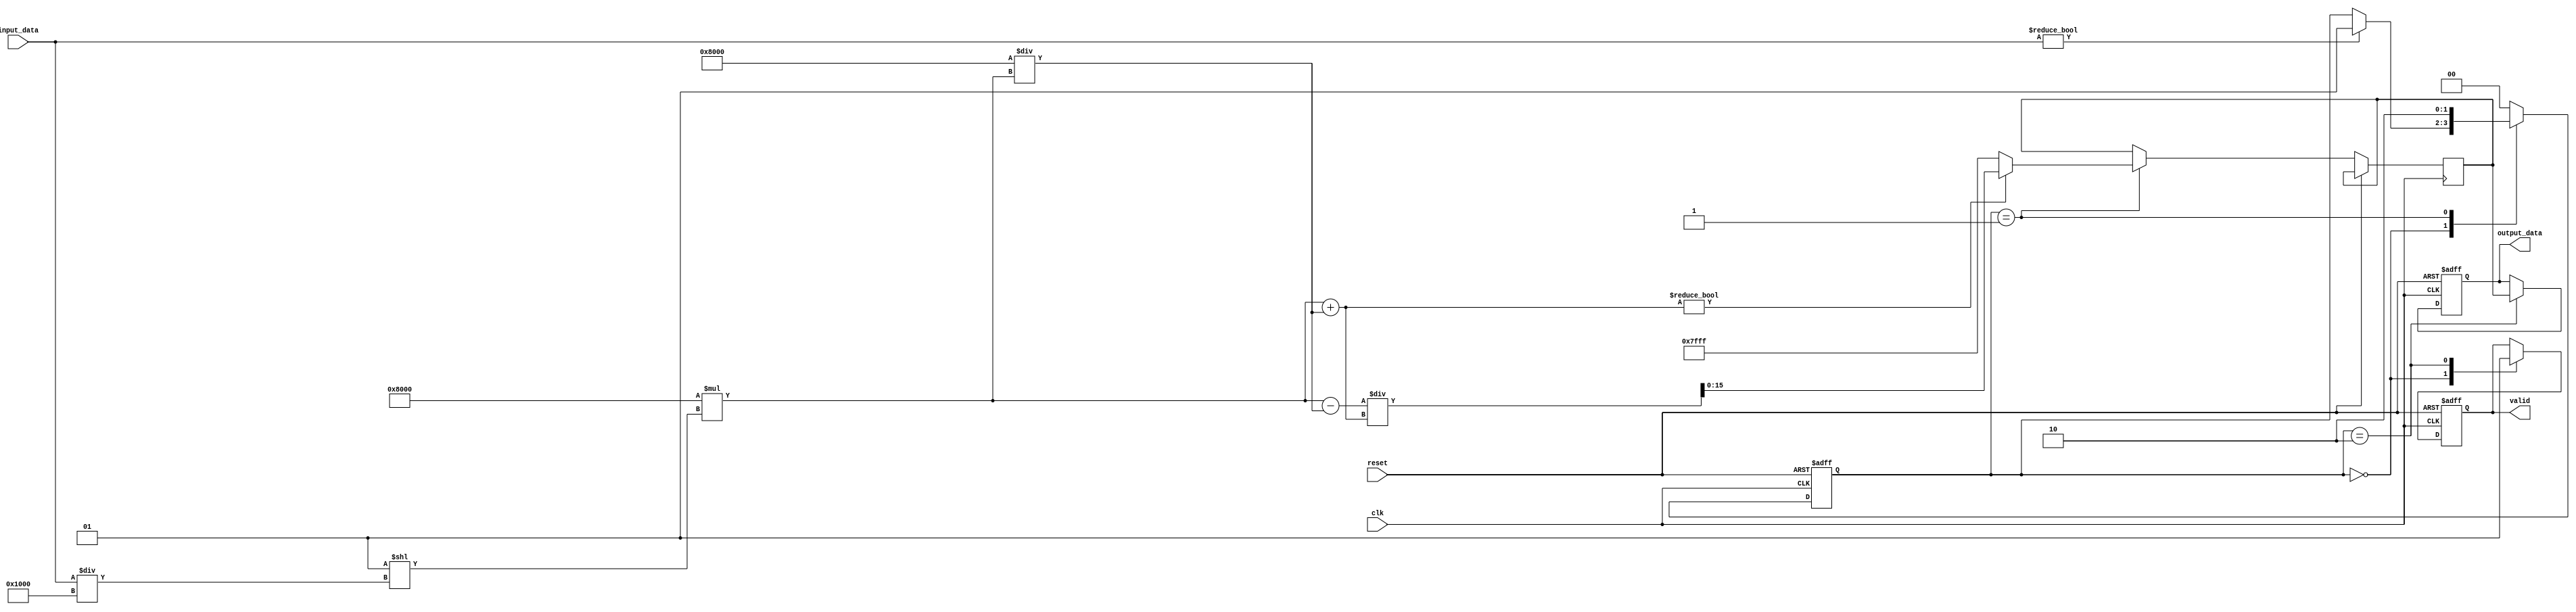
module tanh_block(
    input wire clk,
    input wire reset,
    input wire [15:0] input_data, // Example fixed-point representation
    output reg [15:0] output_data,
    output reg valid
);

// Parameters for fixed-point representation
parameter integer FRACTIONAL_BITS = 12; // Number of fractional bits
parameter signed [15:0] MAX_OUTPUT = 16'h7FFF; // Corresponds to 1.0 in fixed point
parameter signed [15:0] MIN_OUTPUT = 16'h8000; // Corresponds to -1.0 in fixed point

// Internal signals
reg [31:0] exp_x;
reg [31:0] exp_neg_x;
reg [31:0] num, den; // Numerator and Denominator
reg [15:0] tanh_result;
reg [1:0] state;

// State definitions
localparam IDLE = 2'b00;
localparam COMPUTE = 2'b01;
localparam OUTPUT = 2'b10;

// CORDIC or polynomial approximation coefficients can be defined here

always @(posedge clk or posedge reset) begin
    if (reset) begin
        output_data <= 16'b0;
        valid <= 1'b0;
        state <= IDLE;
    end else begin
        case (state)
            IDLE: begin
                // Wait for input
                valid <= 1'b0;
                if (input_data != 0) begin
                    // Start computation
                    state <= COMPUTE;
                end
            end

            COMPUTE: begin
                // Compute e^x and e^-x using fixed-point approximation
                // may replace with CORDIC or any other compute method
                exp_x = 32768 * (1 << (input_data / (1 << FRACTIONAL_BITS))); // e^x approximate
                exp_neg_x = 32768 / exp_x; // e^-x approximate

                // Calculate tanh
                num = exp_x - exp_neg_x; // e^x - e^-x
                den = exp_x + exp_neg_x; // e^x + e^-x

                // Compute the result
                if (den != 0) begin 
                    tanh_result = num / den; // Fixed-point division
                end else begin
                    tanh_result = MAX_OUTPUT; // Handle division by zero
                end
                
                // Move to output state
                state <= OUTPUT;
            end
            
            OUTPUT: begin
                // Assign output value
                output_data <= tanh_result;
                valid <= 1'b1; // Signal that output is valid
                state <= IDLE; // Go back to IDLE 
            end

            default: begin
                state <= IDLE; // Safety transition
            end
        endcase
    end
end

endmodule